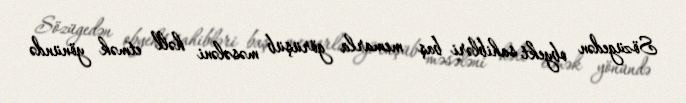
Sözügedən obyekt sahibləri baş memarla görüşüb məsələni həll etmək yönündə